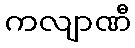
ကလျာဏီ